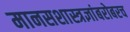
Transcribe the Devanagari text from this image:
मानसशास्त्रज्ञांबरोबरच